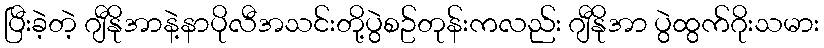
ပြီးခဲ့တဲ့ ဂျီနိုအာနဲ့နာပိုလီအသင်းတို့ပွဲစဥ်တုန်းကလည်း ဂျီနိုအာ ပွဲထွက်ဂိုးသမား